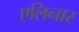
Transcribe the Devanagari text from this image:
एलिनार